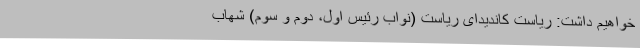
خواهیم داشت: ریاست کاندیدای ریاست (نواب رئیس اول، دوم و سوم) شهاب